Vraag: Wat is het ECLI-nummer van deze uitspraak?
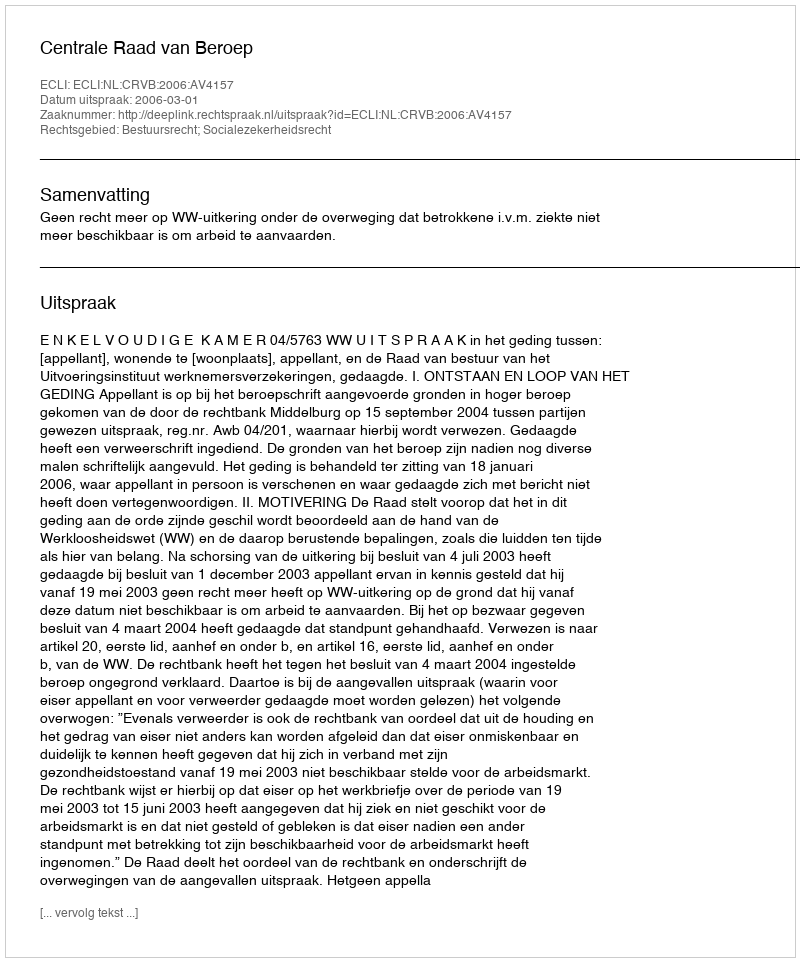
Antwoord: ECLI:NL:CRVB:2006:AV4157